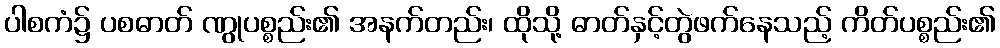
ပါစကံ၌ ပစဓာတ် ဏွုပစ္စည်း၏ အနက်တည်း၊ ထိုသို့ ဓာတ်နှင့်တွဲဖက်နေသည့် ကိတ်ပစ္စည်း၏